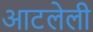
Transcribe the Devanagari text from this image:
आटलेली